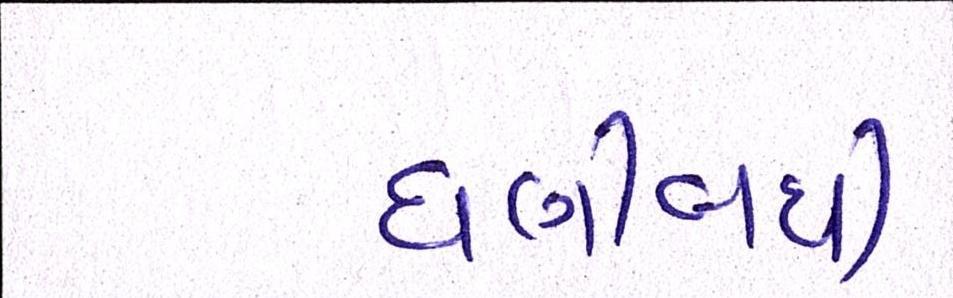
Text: ઘણીબધી